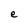
Character: e